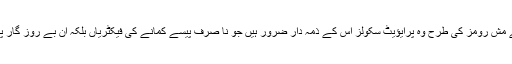
میں سب سکولز کو تو اس کا ذمہ دار قرار نہیں دیتا لیکن گلی گلی اور محلہ میں کھلے مش رومز کی طرح وہ پرایؤیٹ سکولز اس کے ذمہ دار ضرور ہیں جو نا صرف پیسے کمانے کی فیکٹریاں بلکہ ان بے روز گار پڑھے لکھے لڑکیوں اور لڑکوں کی معاشی اور اخلاقی استحصال کی آماجگاہ بھی ہیں۔